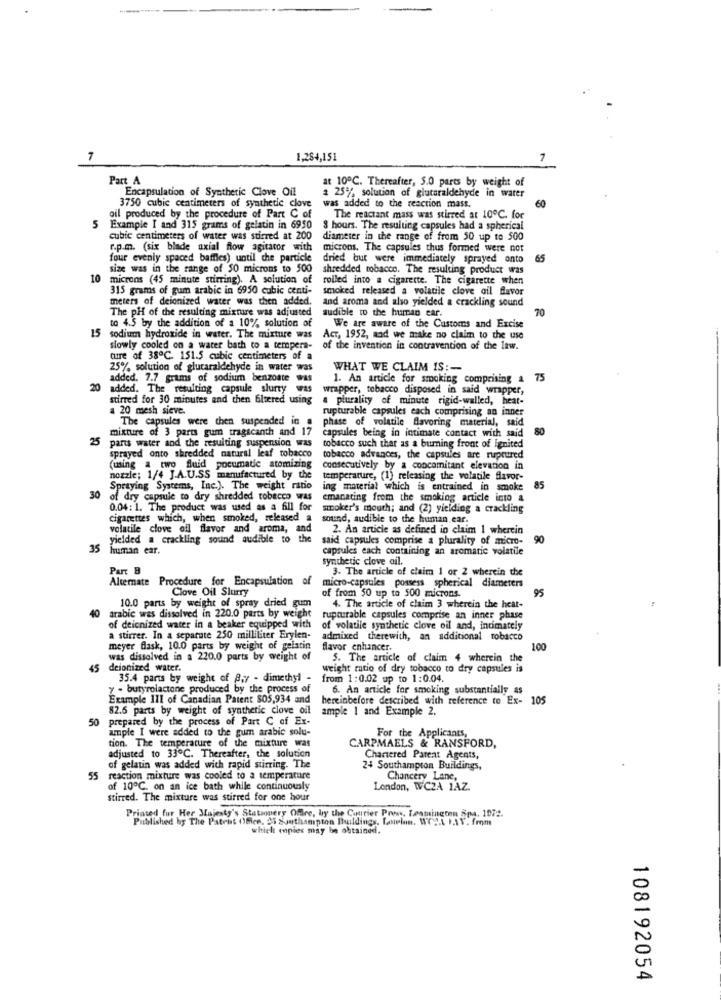
7
1,284,151
Part A
at 10℃. Thereafter, 5.0 parts by weight of
Encapsulation of Synthetic Clove Oil
3750 cubic centimeters of synthetic clove
# 25% solution of glutaraldehyde in warer
60
was added to the reaction mass.
oil produced by the procedure of Part C of
The reactant mass was stirred at 10℃. for
5
Example I and 315 grams of gelatin in 6950
8 hours. The resulting capsules had a spherical
cubic centimeters of water was stirred at 200
diameter in the range of from 50 up to 500
r.p.m. (six blade axial flow agitator with
microns. The capsules thus formed were not
four evenly spaced baffles) until che particle
dried but were immediately sprayed onto
65
size was in the range of $0 microns to 500
shredded tobacco. The resulting product was
10
microns (45 minute stirring). A solution of
rolled into a cigarette. The cigarette when
315 grams of gum arabic in 6950 cubic centi-
smoked released a volatile clove oil flavor
meters of deionized water was then added.
and aroma and also yielded a crackling sound
The pH of the resulting mixture was adjusted
audible to the human ear.
70
to 4.5 by the addition of a 10% solution of
We are aware of the Customs and Excise
15 sodium hydroxide in water. The mixture was
Act, 1952, aad we make no claim to the use
slowly cooled on a water bath to a tempera-
of the invention in contravention of the law.
cuire of 38℃. 151.5 cubic centimeters of a
25% solution of glutaraldehyde in water was
WHAT WE CLAIM IS :-
added. 7.7 grams of sodium benzoate was
1. An article for smoking comprising a 75
20
added. The resulting capsule slurty was
wrapper, tobacco disposed in said wrapper,
stirred for 30 minutes and then filtered using
a plurality of minute rigid-walled, heat-
a 20 mesh sieve.
rupturable capsules each comprising an inner
The capsules were chen suspended in a
phase of volatile flavoring material, said
mixture of 3 parts gum tragacanth and 17
capsules being in intimate contact with said
80
25
parts water and the resulting suspension was
tobacco such thar as a burning front of Ignited
sprayed onto shredded natural leaf tobacco
tobacco advances, the capsules are ruptured
(using a two fluid pocumade atomizing
consecutively by a concomitant elevation in
nozzle; 1/4 J.A.U.SS manufactured by the
temperature, (1) releasing the volatile flavor-
Spraying Systems, Inc.). The weight ratio
ing material which is entrained in smoke
85
30 of dry capsule to dry shredded tobacco was
emanating from the smoking article into a
0.04: 1. The product was used as a fill for
smoker's mouth; and (2) yielding a crackling
cigarettes which, when smoked, released a
sound, audible to the human ear.
volatile clove oil flavor and aroma, and
2. An article as defined in claim 1 wherein
yielded a crackling sound audible to
said capsules comprise a plurality of micro-
90
35
human ear.
capsules each containing an aromatic volatile
synthetic clove ail.
Part B
3. The article of claim 1 or 2 wherein the
Alternate Procedure for Encapsulation of
Clove Oil Slurry
micro-capsules possess spherical diameters
95
of from 50 up to 500 microns.
10.0 parts by weight of spray dried gum
4. The article of claim 3 wherein the heat-
40
arabic was dissolved in 220.0 parts by weight
rupturable capsules comprise an inner phase
of deionized water in a beaker equipped with
of volatile synthetic clove oil and, intimately
a stirrer. In a separate 250 milliliter Erylen-
admixed therewith, an additional tobacco
meyer flask, 10.0 parts by weight of gelatin
flavor enhancer,
100
was dissolved in a 220.0 parts by weight of
5. The article of claim 4 wherein the
45 deionized water.
weight ratio of dry tobacco to dry capsules is
35.4 parts by weight of 8,7 - dimethyl -
from 1:0.02 up to 1:0.04.
y . butyrolactone produced by the process of
6. An article for smoking substantially as
Example I11 of Canadian Patent $05,934 and
hereinbefore described with reference to Ex- 105
82.6 parts by weight of synthetic clove oil
ample 1 and Example 2.
50 prepared by the process of Part C of Ex-
ample I were added to the gum arabic solu-
For the Applicants,
tion. The temperature of the mixture was
CARPMAELS & RANSFORD,
adjusted to 33℃. Thereafter, the solution
Chartered Parent Agents,
of gelatin was added with rapid stirring. The
24 Southampton Buildings,
55 reaction mixture was cooled to a temperature
Chancery Lane,
of 10℃. on an ice bath while continuously
London, WC2A 1AZ.
stirred. The mixture was stirred for one hour
Printed for Her Majesty's Stationery Office, by the Courier Pre, Leamington Spa. 1972.
Published by The Patent ()mce, 25 Southampton Buildings, Laselon. WOW. 1.AV. from
which copies may be obtained.
108192054